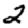
Digit: 2